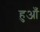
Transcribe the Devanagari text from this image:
हुआँ